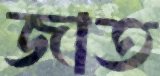
জাত